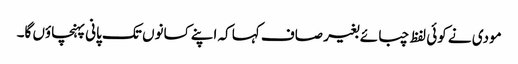
مودی نے کوئی لفظ چبائے بغیر صاف کہا کہ اپنے کسانوں تک پانی پہنچاؤں گا۔